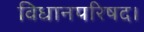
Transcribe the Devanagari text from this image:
विधानपरिषद।